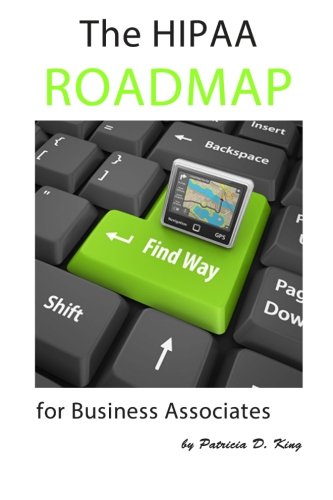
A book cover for The HIPAA Roadmap for Business Associates: A step-by-step guide to HIPAA/HITECH compliance; Patricia D King; Law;